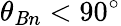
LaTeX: \theta_{\mathit{B}n}<90^{\circ}